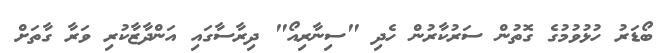
ބޯޑަރު ހުޅުވުމުގެ ގޮތުން ސަރުކާރުން ހެދި "ސިނާރިއޯ" ދިރާސާގައި އަންދާޒާކުރި ވަރާ ގާތަށް